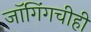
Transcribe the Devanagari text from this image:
जॉगिंगचीही